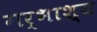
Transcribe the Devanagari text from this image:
गर्भाश्य